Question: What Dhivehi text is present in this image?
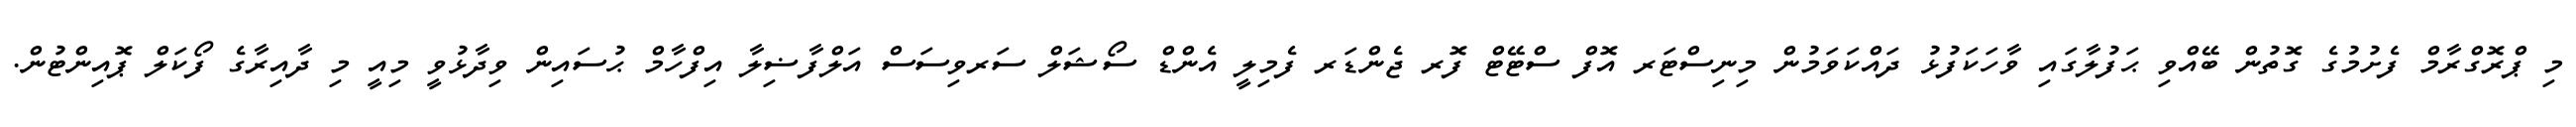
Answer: މި ޕްރޮގްރާމް ފެށުމުގެ ގޮތުން ބޭއްވި ޙަފުލާގައި ވާހަކަފުޅު ދައްކަވަމުން މިނިސްޓަރ އޮފް ސްޓޭޓް ފޮރ ޖެންޑަރ ފެމިލީ އެންޑް ސޯޝަލް ސަރވިސަސް އަލްފާޟިލާ އިފްހާމް ޙުސައިން ވިދާޅުވީ މިއީ މި ދާއިރާގެ ފޯކަލް ޕޮއިންޓުން.